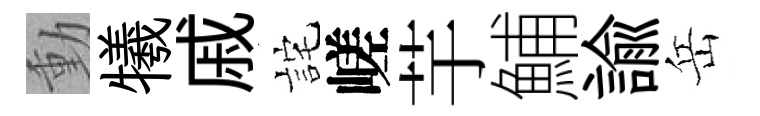
動犧戚詫嵯芋鯆諭岳